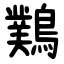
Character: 䴆